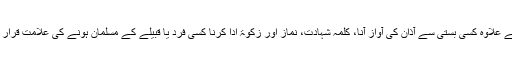
سلام کے علاوہ کسی بستی سے آذان کی آواز آنا، کلمہ شہادت، نماز اور زکوٰۃ ادا کرنا کسی فرد یا قبیلے کے مسلمان ہونے کی علامت قرار پایا تھا۔